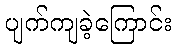
ပျက်ကျခဲ့ကြောင်း